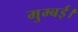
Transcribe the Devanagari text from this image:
मुम्बई।